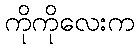
ကိုကိုလေးက